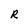
Character: R